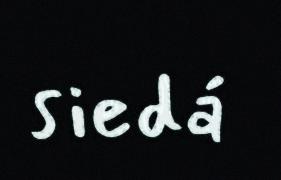
siedá